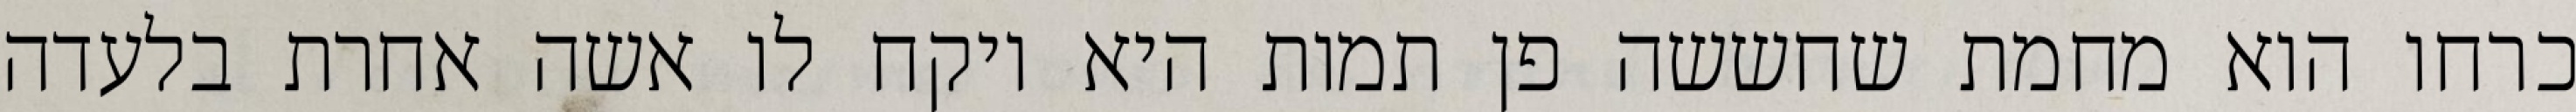
כרחו הוא מחמת שחששה פן תמות היא ויקח לו אשה אחרת בלעדה